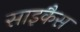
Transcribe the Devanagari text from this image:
साइकैस